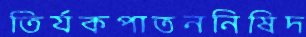
তির্যকপাতননিষিদ